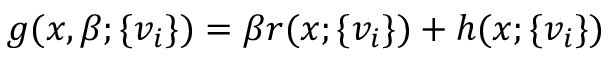
g ( x , \beta ; \{ v _ { i } \} ) = \beta r ( x ; \{ v _ { i } \} ) + h ( x ; \{ v _ { i } \} )